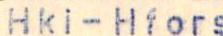
Hki-Hfors